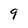
Character: 9